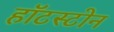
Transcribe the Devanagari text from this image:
हॉटस्टोन